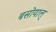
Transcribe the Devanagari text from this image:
बसोयाल्